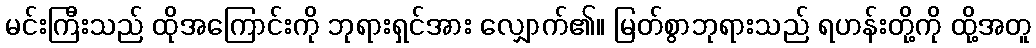
မင်းကြီးသည် ထိုအကြောင်းကို ဘုရားရှင်အား လျှောက်၏။ မြတ်စွာဘုရားသည် ရဟန်းတို့ကို ထို့အတူ